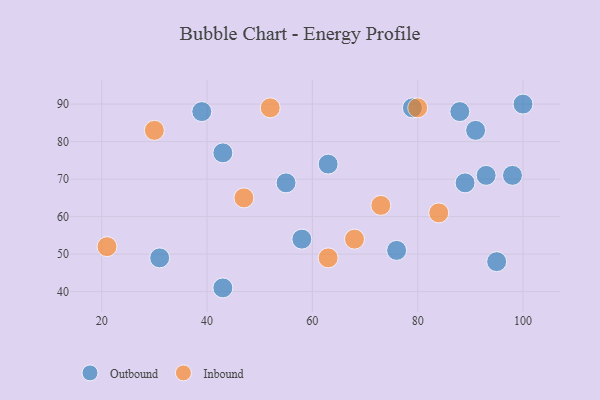
{"axis": {"x": "GDP", "y": "Life Expectancy"}, "legend": ["Inbound", "Outbound"], "data": [{"x": "43", "y": 77, "type": "Outbound"}, {"x": "91", "y": 83, "type": "Outbound"}, {"x": "58", "y": 54, "type": "Outbound"}, {"x": "93", "y": 71, "type": "Outbound"}, {"x": "43", "y": 41, "type": "Outbound"}, {"x": "88", "y": 88, "type": "Outbound"}, {"x": "89", "y": 69, "type": "Outbound"}, {"x": "100", "y": 90, "type": "Outbound"}, {"x": "79", "y": 89, "type": "Outbound"}, {"x": "55", "y": 69, "type": "Outbound"}, {"x": "95", "y": 48, "type": "Outbound"}, {"x": "63", "y": 74, "type": "Outbound"}, {"x": "76", "y": 51, "type": "Outbound"}, {"x": "31", "y": 49, "type": "Outbound"}, {"x": "98", "y": 71, "type": "Outbound"}, {"x": "39", "y": 88, "type": "Outbound"}, {"x": "73", "y": 63, "type": "Inbound"}, {"x": "63", "y": 49, "type": "Inbound"}, {"x": "68", "y": 54, "type": "Inbound"}, {"x": "52", "y": 89, "type": "Inbound"}, {"x": "21", "y": 52, "type": "Inbound"}, {"x": "80", "y": 89, "type": "Inbound"}, {"x": "84", "y": 61, "type": "Inbound"}, {"x": "30", "y": 83, "type": "Inbound"}, {"x": "47", "y": 65, "type": "Inbound"}]}